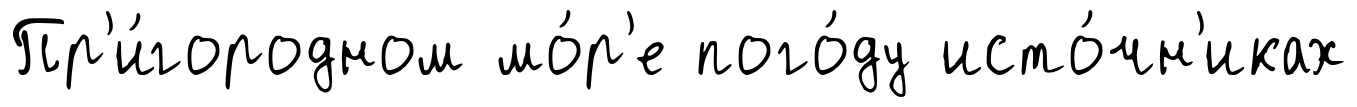
Пр'и́городном мо́р'е пого́ду исто́чн'иках